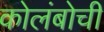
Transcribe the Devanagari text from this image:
कोलंबोची